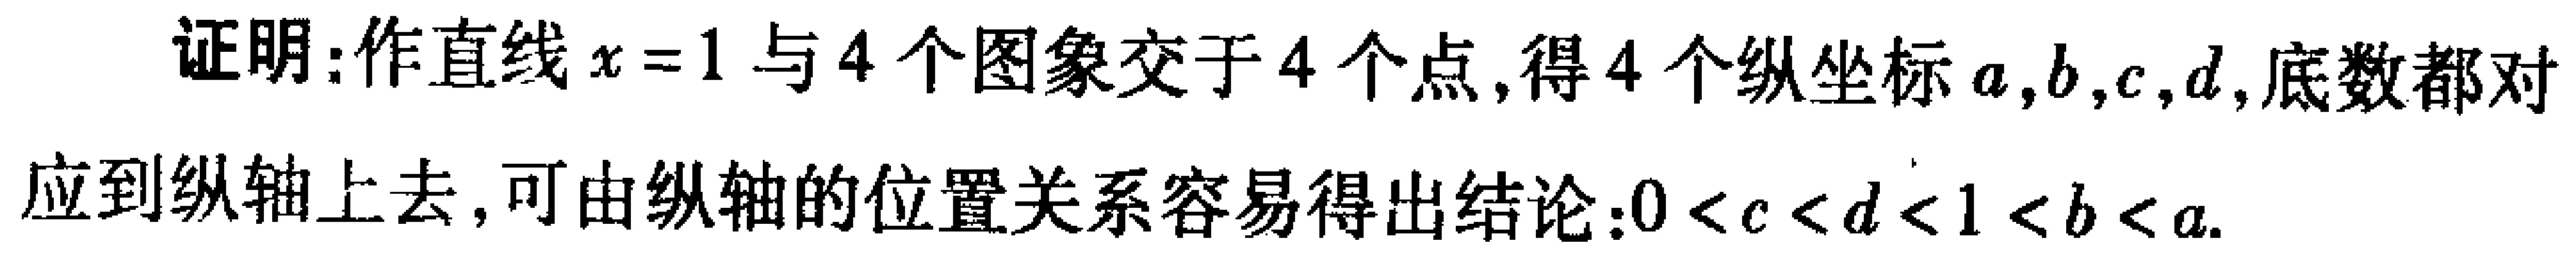
证明：作直线\(x = 1\)与\(4\)个图象交于\(4\)个点,得\(4\)个纵坐标\(a,b,c,d\),底数都对应到纵轴上去,可由纵轴的位置关系容易得出结论：\(0 < c < d < 1 < b < a\).